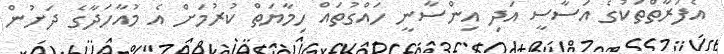
އެފަރާތްތަކުގެ އަސާސީ އަދި އިންސާނީ ހައްގުތައް ހިމާޔަތް ކުރުމަށް އެ މުއާހަދާގެ ދަށުން